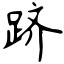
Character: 跻